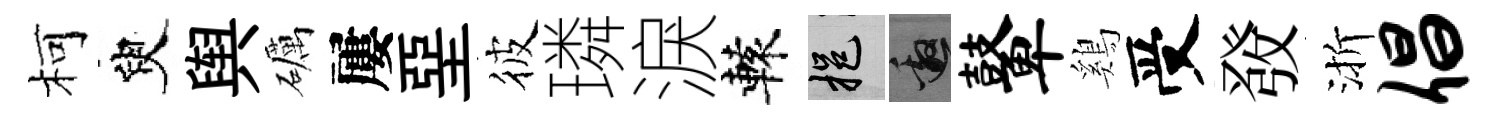
柯臾舆礪屢堊彼璘淚轅挹邀鼙鷄受𤼲渐倡